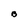
Character: B